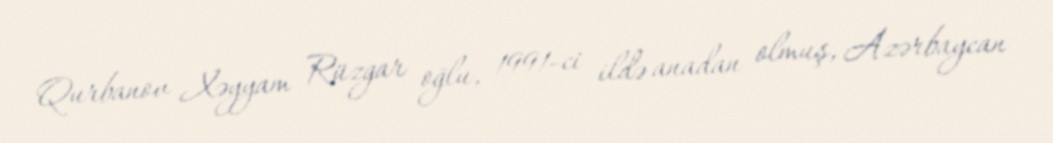
Qurbanov Xəyyam Rüzgar oğlu, 1991-ci ildə anadan olmuş, Azərbaycan